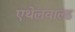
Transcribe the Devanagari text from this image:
एथेलवाल्ड